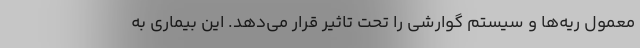
معمول ریه‌ها و سیستم گوارشی را تحت تاثیر قرار می‌دهد. این بیماری به